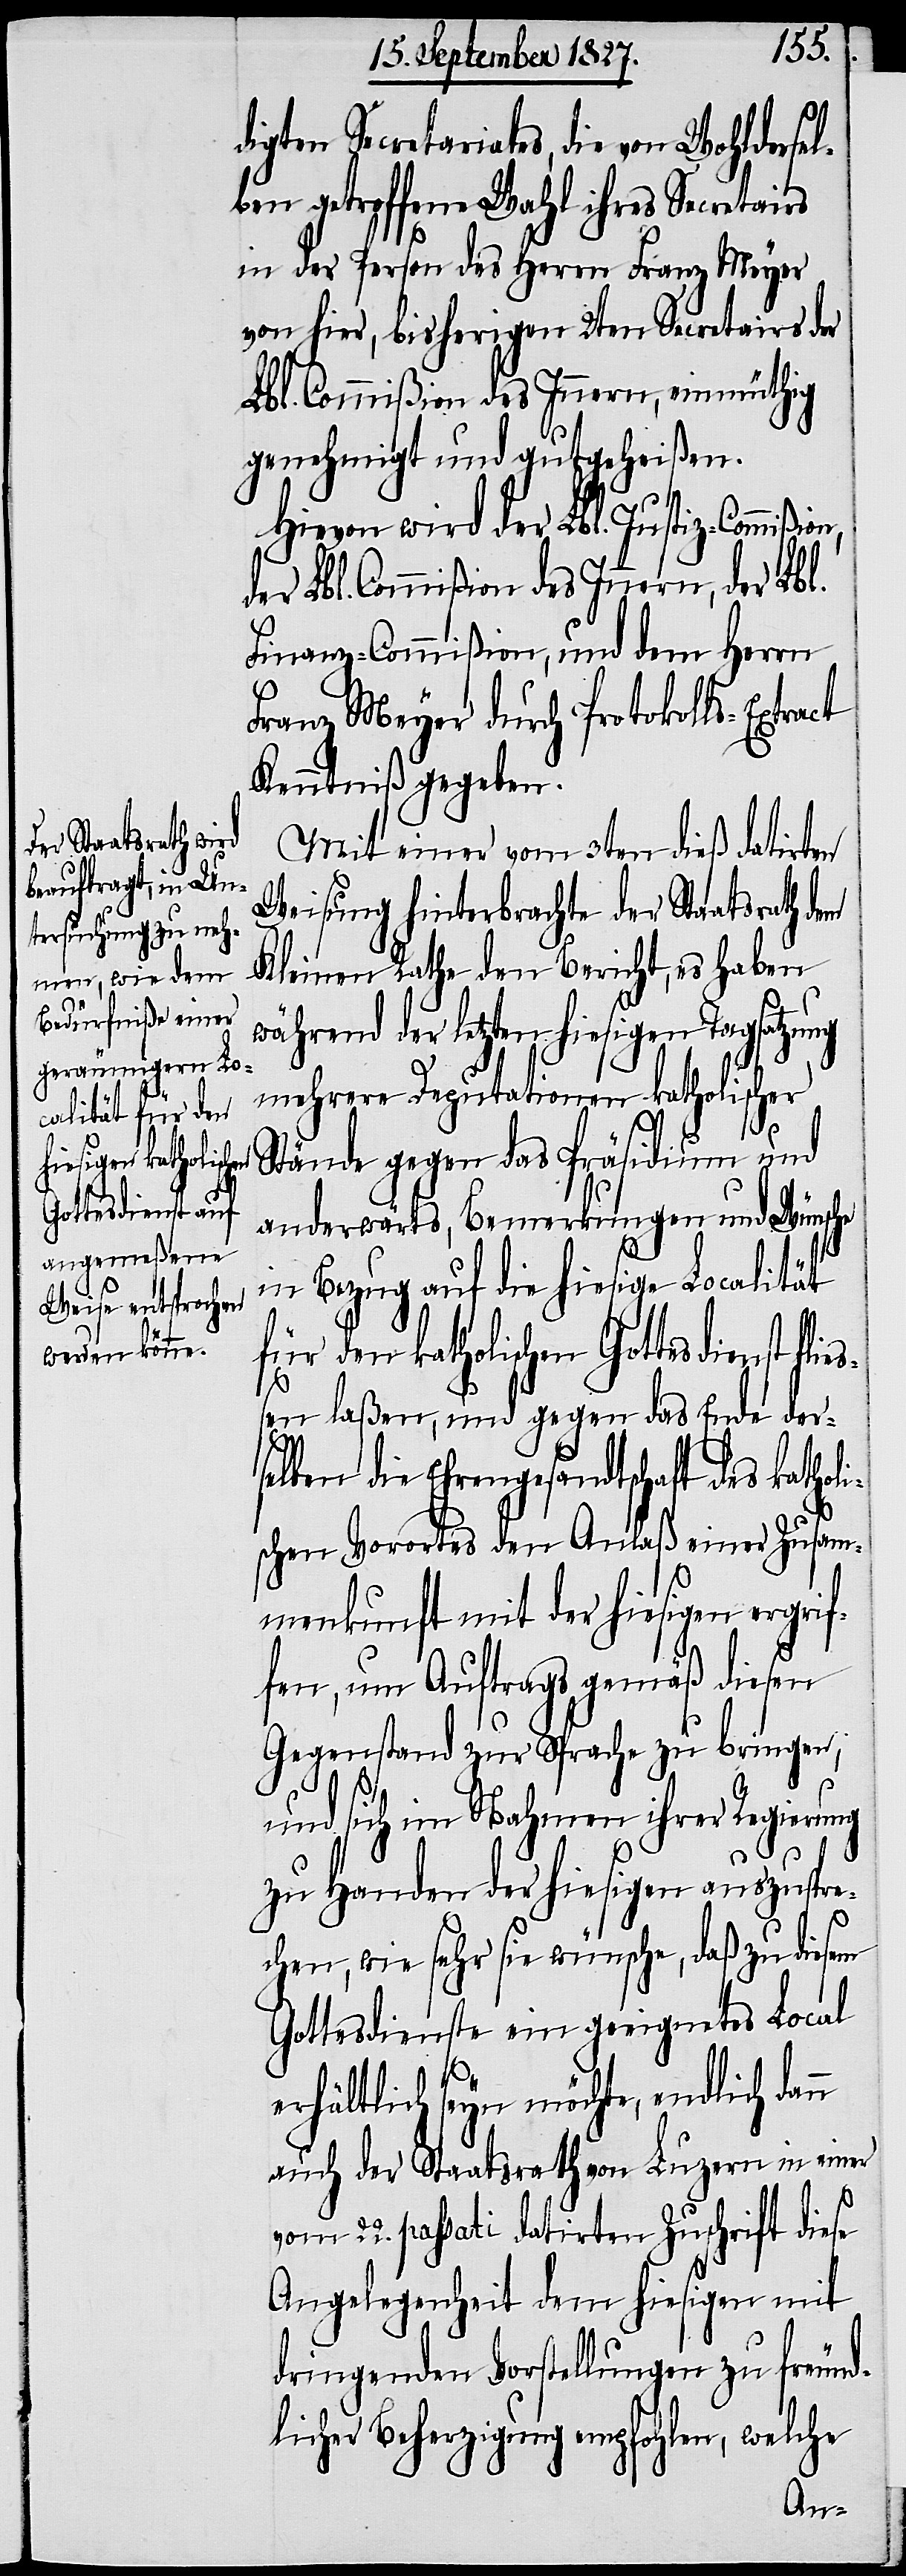
digten Secretariates, die von Wohldersel¬
ben getroffene Wahl ihres Secretairs
in der Person des Herrn Franz Meyer
von hier, bisherigen 2ten Secretairs der
Lbl. Commißion des Innern, einmüthig
genehmigt und gutgeheißen.
Hiervon wird der Lbl. Justiz-Commißion,
der Lbl. Commißion des Innern, der Lbl.
Finanz-Commißion, und dem Herrn
Franz Meyer durch Protokolls-Extra¬
Kenntniß gegeben.
Mit einer vom 3ten dieß datirten
Weisung hinterbrachte der Staatsrath
Kleinen Rathe den Bericht, es haben
während der letzten hiesigen Tagsatzung
mehrere Deputationen katholischer
Stände gegen das Präsidium und
anderwärts, Bemerkungen und Wünsche
in Bezug auf die hiesige Localität
für den katholischen Gottesdienst fl¬
ßen laßen, und gegen das Ende der¬
selben die Ehrengesandtschaft des kathol¬
ischen Vorortes den Anlaß einer Zusam¬
menkunft mit der hiesigen ergrif¬
fen, um Auftragsgemäß diesen
Gegenstand zur Sprache zu bringen;
n
und sich im Nahmen ihrer Regierung
zu Handen der hiesigen auszuspr¬
echen, wie sehr sie wünsche, daß zu diesem
Gottesdienste ein geeignetes Local
erhältlich seyn möchte, endlich dan¬
auch der Staatsrath von Luzern in einer
ct
vom 22. passati datirten Zuschrift diese
Angelegenheit dem hiesigen mit
dringenden Vorstellungen zu freund¬
licher Beherzigung empfohlen, welche